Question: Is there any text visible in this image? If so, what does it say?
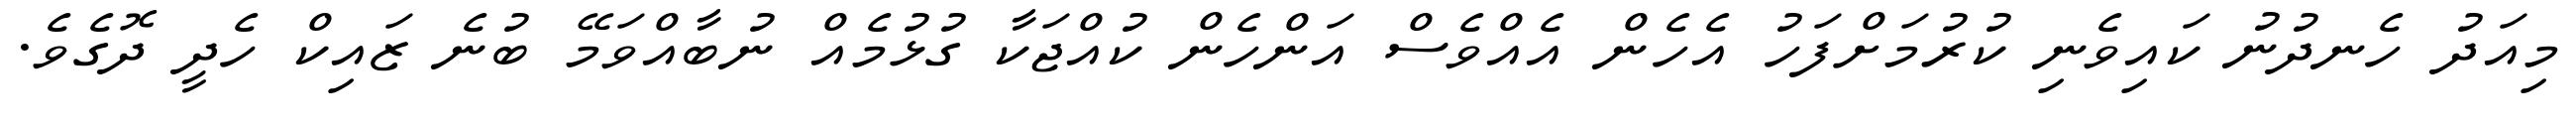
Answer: މިއަދު ހެނދުނު ކައިވެނި ކުރުމަށްފަހު އެހެން އެއްވެސް އަންހެން ކުއްޖަކާ ގުޅުމެއް ނުބާއްވަމޭ ބުނެ ޒައިކް ހެދީ ދޮގެވެ.